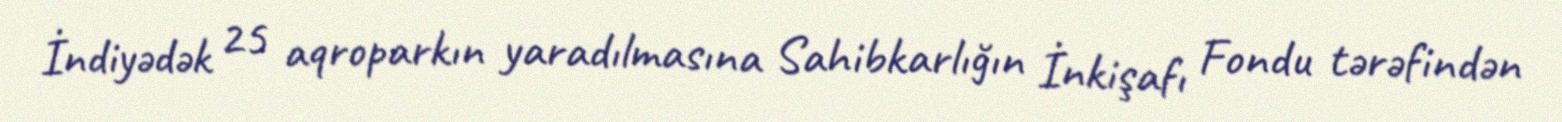
İndiyədək 25 aqroparkın yaradılmasına Sahibkarlığın İnkişafı Fondu tərəfindən